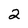
Character: 2